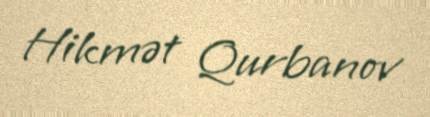
Hikmət Qurbanov